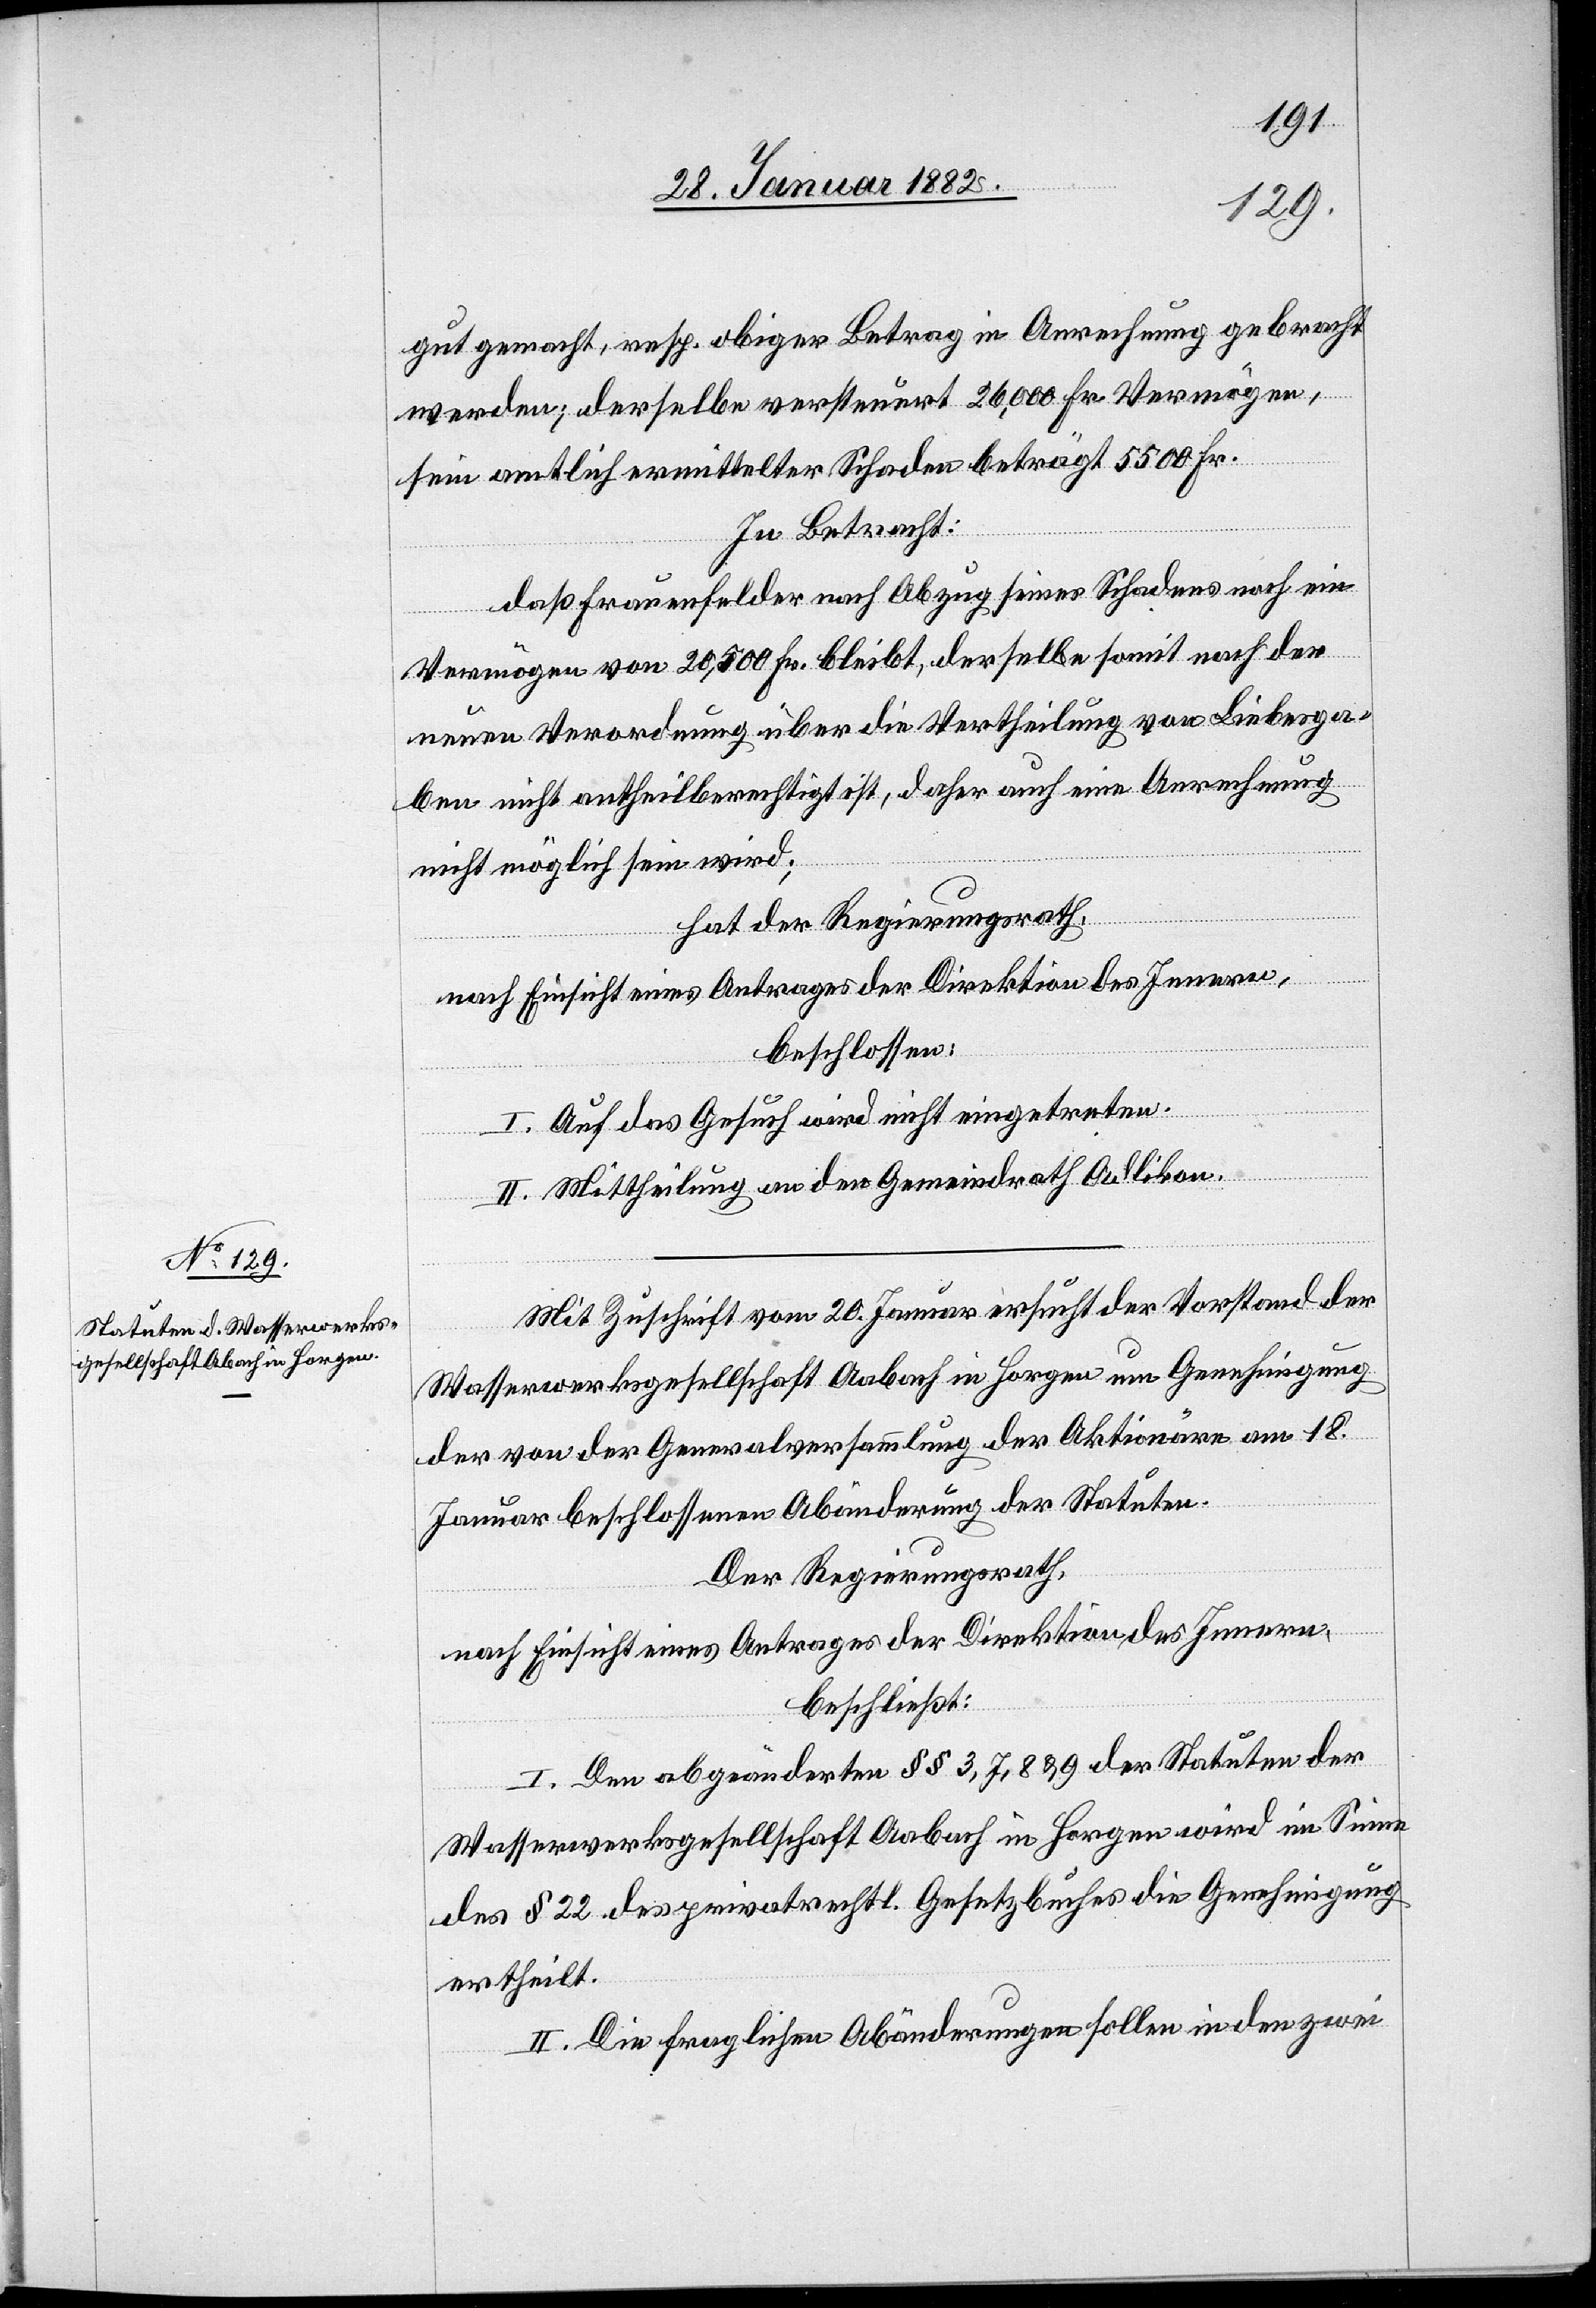
gut gemacht, resp. obiger Betrag in Anrechnung gebracht
werden; derselbe versteuert 26,000 Fr. Vermögen,
sein amtlich ermittelter Schaden beträgt 5500 Fr.
In Betracht:
daß Frauenfelder nach Abzug seines Schadens noch ein
Vermögen von 20,500 Fr. bleibt, derselbe somit nach der
neuen Verordnung über die Vertheilung von Liebesga¬
ben nicht antheilberechtigt ist, daher auch eine Anrechnung
nicht möglich sein wird;
hat der Regierungsrath,
nach Einsicht eines Antrages der Direktion des Innern,
beschlossen:
I. Auf das Gesuch wird nicht eingetreten.
II. Mittheilung an den Gemeindrath Adlikon.
Mit Zuschrift vom 20. Januar ersucht der Vorstand der
Wasserwerksgesellschaft Aabach in Horgen um Genehmigung
der von der Generalversammlung der Aktionäre am 18.
Januar beschlossenen Abänderung der Statuten.
Der Regierungsrath,
nach Einsicht eines Antrages der Direktion des Innern,
beschließt:
I. Den abgeänderten §§ 3, 7, 8 & 9 der Statuten der
Wasserwerksgesellschaft Aabach in Horgen wird im Sinne
des § 22 des privatrechtl. Gesetzbuches die Genehmigung
ertheilt.
I. Die fragliche Abänderungen sollen in den zwei